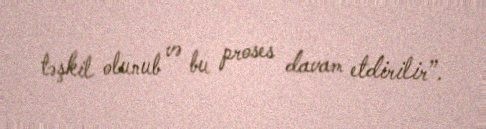
təşkil olunub və bu proses davam etdirilir”.